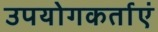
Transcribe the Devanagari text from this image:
उपयोगकर्ताएं